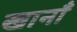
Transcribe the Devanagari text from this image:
खानाँ